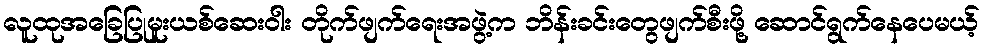
လူထုအခြေပြုမူးယစ်ဆေးဝါး တိုက်ဖျက်ရေးအဖွဲ့က ဘိန်းခင်းတွေဖျက်စီးဖို့ ဆောင်ရွက်နေပေမယ့်